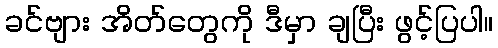
ခင်ဗျား အိတ်တွေကို ဒီမှာ ချပြီး ဖွင့်ပြပါ။